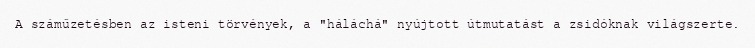
A száműzetésben az isteni törvények, a "háláchá" nyújtott útmutatást a zsidóknak világszerte.